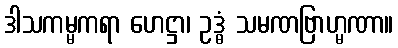
ဒါသကမ္မကရာ ဟေဋ္ဌာ၊ ဥဒ္ဓံ သမဏဗြာဟ္မဏာ။